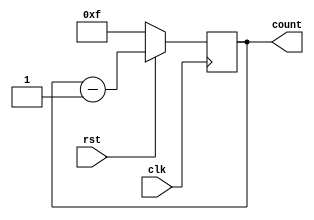
`timescale 1ns / 1ps
//////////////////////////////////////////////////////////////////////////////////
// Design Name:    Sync_down_counter
// Module Name:    down_counter 
// Tool versions: ISE Design Suit 14.7
// Revision 0.01 - File Created
//////////////////////////////////////////////////////////////////////////////////
module down_counter(clk,rst,count);
input clk,rst;
output [3:0]count;
reg [3:0] count;
always@(posedge clk)
begin
if(rst==0)
count=4'b1111;
else
count=count-1;
end
endmodule